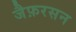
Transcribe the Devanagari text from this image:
जैफ़रसन